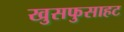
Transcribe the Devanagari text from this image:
खुसफुसाहट